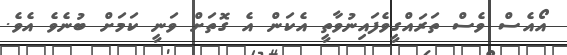
އޯއެސް ވެސް ތަރައްގީވެފައިނުވާތީ އެކަން އެ ގޮތަށް ވަނީ ކަމަށް ބުނެވެ އެވެ.